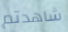
شاهدتم